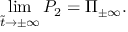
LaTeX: \operatorname * { l i m } _ { \tilde { t } \to \pm \infty } P _ { 2 } = \Pi _ { \pm \infty } .